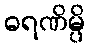
ဓရဏိမ္ပိ